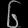
Digit: ၆